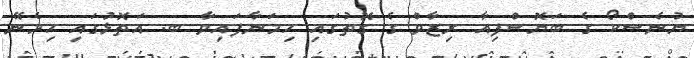
ޔުނެސްކޯ ގެ ބަޔޮސްފިއާ ރިޒާވް ގެ ގޮތުގައި ހިމަނާފައިވާ ބ. އަތޮޅުގައި ހިމެނޭ